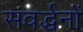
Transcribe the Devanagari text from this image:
संवर्द्धनों